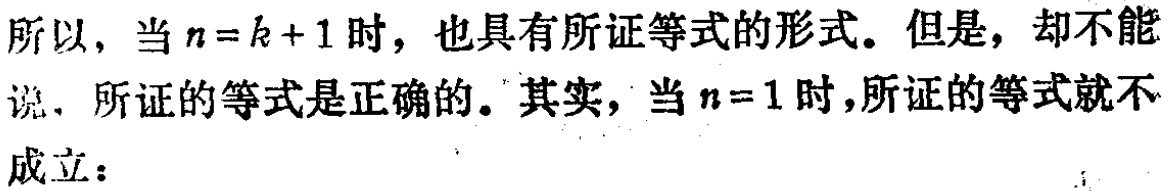
所以，当\(n = k + 1\)时，也具有所证等式的形式。但是，却不能说，所证的等式是正确的。其实，当\(n = 1\)时，所证的等式就不成立：